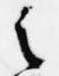
之